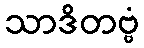
သာဒိတဗ္ဗံ